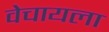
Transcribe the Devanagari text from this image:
वेचायला